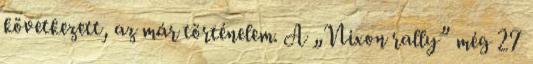
következett, az már történelem. A „Nixon rally” még 27